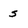
Character: s